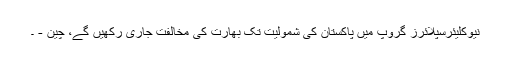
نیوکلیئرسپلائرز گروپ میں پاکستان کی شمولیت تک بھارت کی مخالفت جاری رکھیں گے، چین - ۔